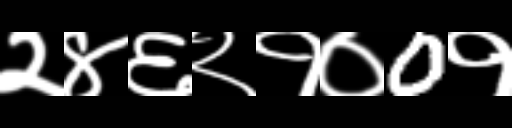
Text: २४६२१०0१